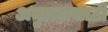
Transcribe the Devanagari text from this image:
अनुग्रहासाठी